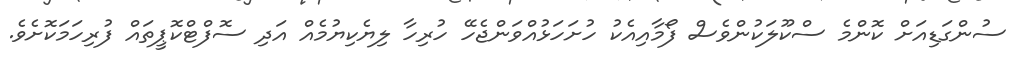
ސުންގަޑިއަށް ކޮންމެ ސްކޫލަކުންވެސް ފޯމާއިއެކު ހުށަހަޅުއްވަންޖެހޭ ހުރިހާ ލިޔެކިޔުމެއް އަދި ސޮފްޓްކޮޕީތައް ފުރިހަމަކޮށެވެ.